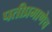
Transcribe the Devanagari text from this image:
पतीप्रमाणेच